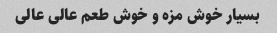
بسیار خوش مزه و خوش طعم عالی عالی